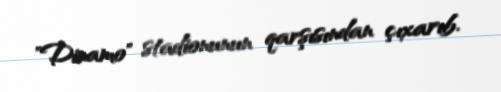
"Dinamo" stadionunun qarşısından çıxarıb.